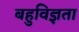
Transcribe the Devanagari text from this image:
बहुविज्ञता